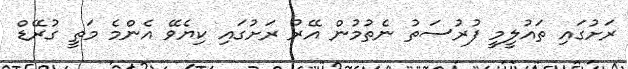
ރަށުގައި ތައުލީމީ ފުރުސަތު ނެތުމުން އޭރު ރަށުގައި ކިޔެވޭ އެންމެ މަތީ ގުރޭޑް